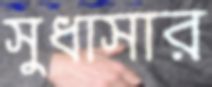
সুধাসার